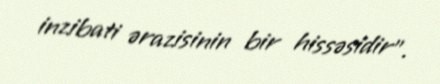
inzibati ərazisinin bir hissəsidir”.